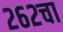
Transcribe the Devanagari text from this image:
२६२चा